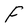
Character: F